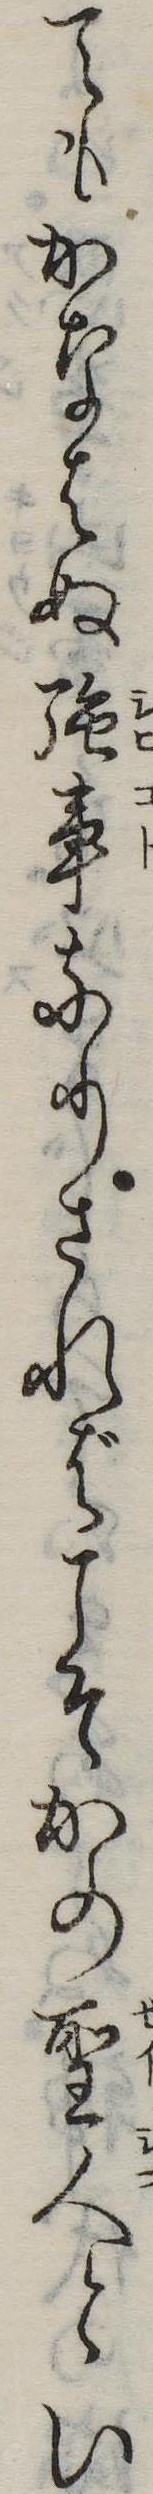
てもかなはぬ強事なりさればこそかの聖人とい